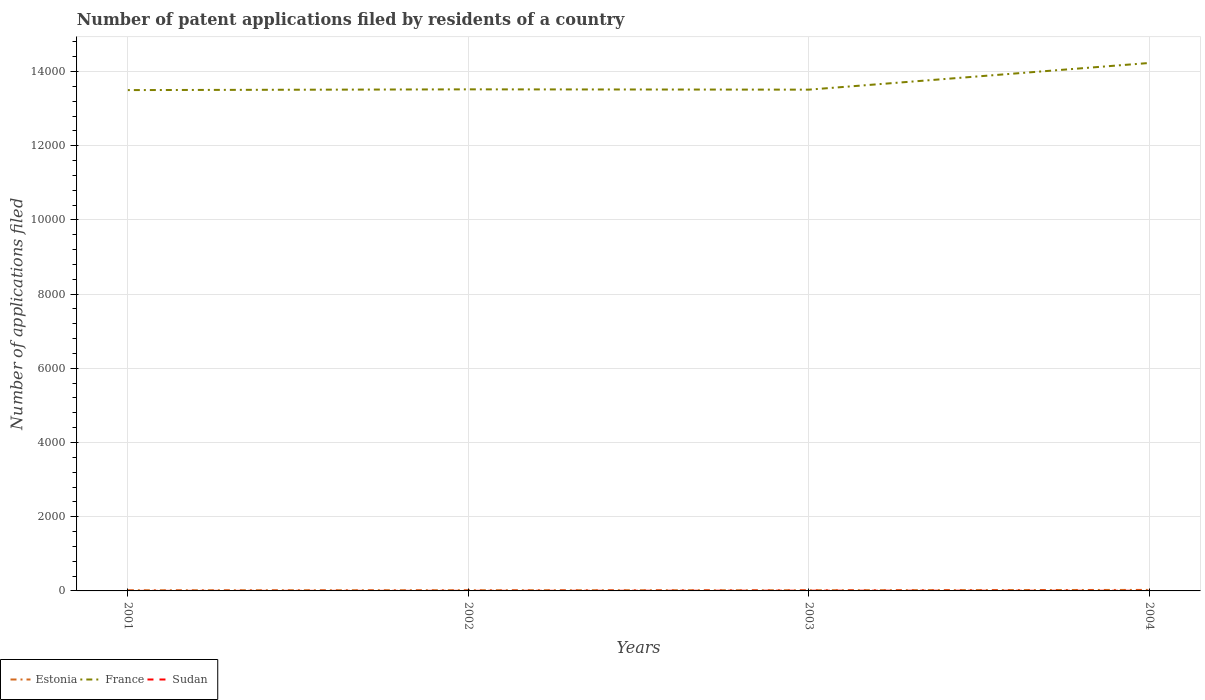
| Years | Estonia | France | Sudan |
 | --- | --- | --- | --- |
 | 2001 | 18 | 1.35e+04 | 1 |
 | 2002 | 19 | 1.35e+04 | 2 |
 | 2003 | 18 | 1.35e+04 | 6 |
 | 2004 | 27 | 1.42e+04 | 4 |